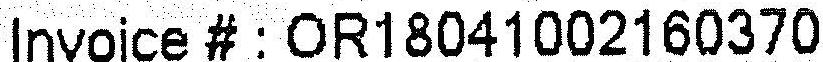
INVOICE # : OR18041002160370